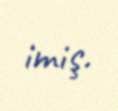
imiş.